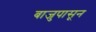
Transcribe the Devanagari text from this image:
बाजुपासून